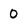
Character: 0